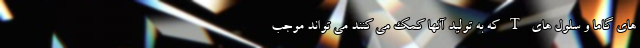
های گاما و سلول های T که به تولید آنها کمک می کنند می تواند موجب